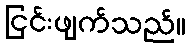
ငြင်းဖျက်သည်။